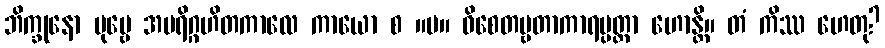
ဘိက္ခုနော ပုဗ္ဗေ အပရိဂ္ဂဟိတကာလေ ကာယော စ ။ပ။ ဝိစေတဗ္ဗတာကာရပ္ပတ္တာ ဟောန္တိ။ တံ ကိဿ ဟေတု?